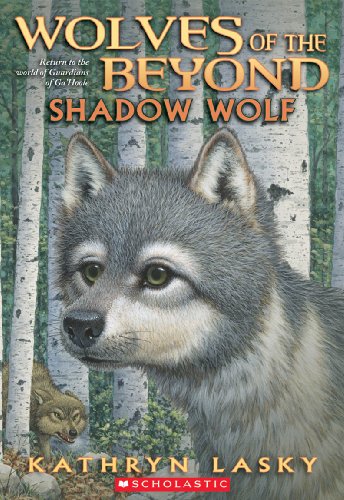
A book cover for Wolves of the Beyond #2: Shadow Wolf; Kathryn Lasky; Children's Books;